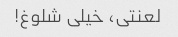
لعنتی، خیلی شلوغ!